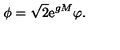
\phi = \sqrt { 2 } \mathrm { e } ^ { g M } \varphi .